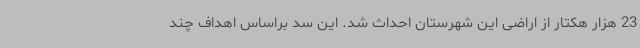
23 هزار هکتار از اراضی این شهرستان احداث شد. این سد براساس اهداف چند